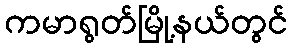
ကမာရွတ်မြို့နယ်တွင်